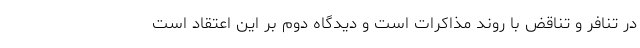
در تنافر و تناقض با روند مذاکرات است و دیدگاه دوم بر این اعتقاد است